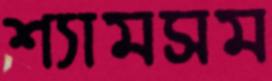
শ্যামসম